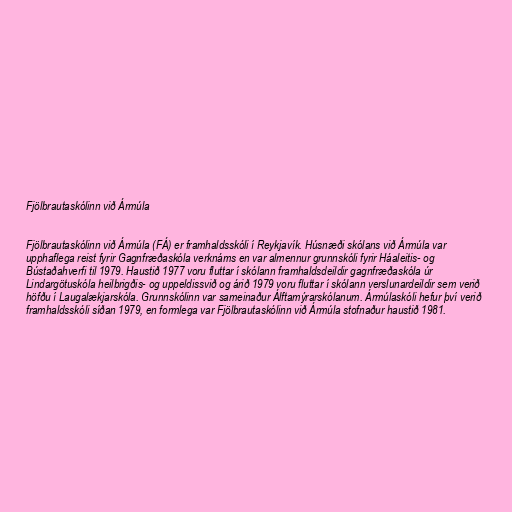
Fjölbrautaskólinn við Ármúla

Fjölbrautaskólinn við Ármúla (FÁ) er framhaldsskóli í Reykjavík. Húsnæði skólans við Ármúla var
upphaflega reist fyrir Gagnfræðaskóla verknáms en var almennur grunnskóli fyrir Háaleitis- og
Bústaðahverfi til 1979. Haustið 1977 voru fluttar í skólann framhaldsdeildir gagnfræðaskóla úr
Lindargötuskóla heilbrigðis- og uppeldissvið og árið 1979 voru fluttar í skólann verslunardeildir sem verið
höfðu í Laugalækjarskóla. Grunnskólinn var sameinaður Álftamýrarskólanum. Ármúlaskóli hefur því verið
framhaldsskóli síðan 1979, en formlega var Fjölbrautaskólinn við Ármúla stofnaður haustið 1981.